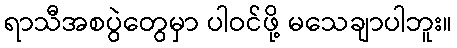
ရာသီအစပွဲတွေမှာ ပါဝင်ဖို့ မသေချာပါဘူး။